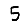
Digit: 5